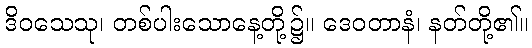
ဒိဝသေသု၊ တစ်ပါးသောနေ့တို့၌။ ဒေဝတာနံ၊ နတ်တို့၏။